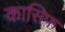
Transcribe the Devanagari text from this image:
कासिफ